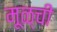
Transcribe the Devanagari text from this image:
मूळ्ची